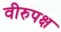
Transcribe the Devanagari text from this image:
वीरुपक्ष